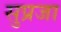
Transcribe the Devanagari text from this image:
सुप्रजा